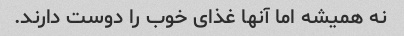
نه همیشه اما آنها غذای خوب را دوست دارند.